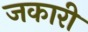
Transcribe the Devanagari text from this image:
जकारी